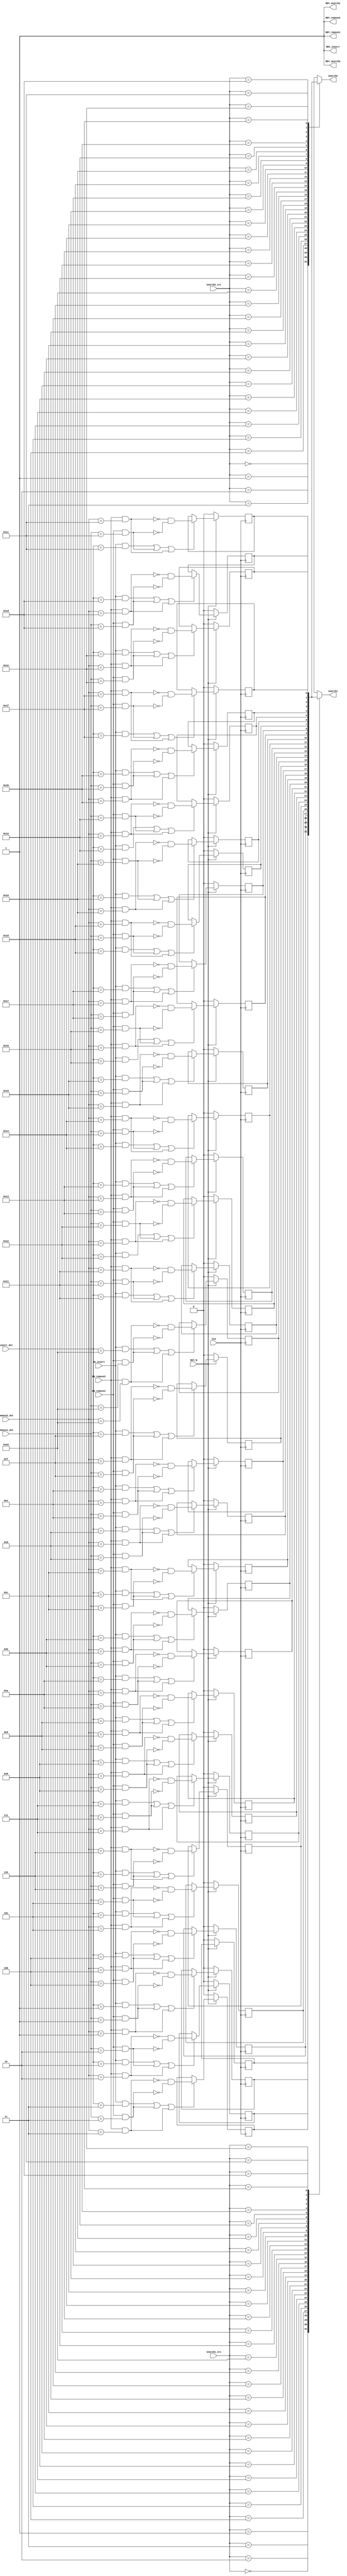
//
// Generated by Bluespec Compiler, version 2023.07 (build 0eb551d)
//
// On Thu Jul  4 08:48:21 EDT 2024
//
//
// Ports:
// Name                         I/O  size props
// search1                        O     1
// RDY_search1                    O     1 const
// search2                        O     1
// RDY_search2                    O     1 const
// RDY_insert                     O     1 const
// RDY_remove1                    O     1 const
// RDY_remove2                    O     1 const
// CLK                            I     1 clock
// RST_N                          I     1 reset
// search1_src                    I     5
// search2_src                    I     5
// insert_dst                     I     5
// remove1_dst                    I     5
// remove2_dst                    I     5
// EN_insert                      I     1
// EN_remove1                     I     1
// EN_remove2                     I     1
//
// Combinational paths from inputs to outputs:
//   search1_src -> search1
//   search2_src -> search2
//
//

`ifdef BSV_ASSIGNMENT_DELAY
`else
  `define BSV_ASSIGNMENT_DELAY
`endif

`ifdef BSV_POSITIVE_RESET
  `define BSV_RESET_VALUE 1'b1
  `define BSV_RESET_EDGE posedge
`else
  `define BSV_RESET_VALUE 1'b0
  `define BSV_RESET_EDGE negedge
`endif

module mkBitScoreboard(CLK,
		       RST_N,

		       search1_src,
		       search1,
		       RDY_search1,

		       search2_src,
		       search2,
		       RDY_search2,

		       insert_dst,
		       EN_insert,
		       RDY_insert,

		       remove1_dst,
		       EN_remove1,
		       RDY_remove1,

		       remove2_dst,
		       EN_remove2,
		       RDY_remove2);
  input  CLK;
  input  RST_N;

  // value method search1
  input  [4 : 0] search1_src;
  output search1;
  output RDY_search1;

  // value method search2
  input  [4 : 0] search2_src;
  output search2;
  output RDY_search2;

  // action method insert
  input  [4 : 0] insert_dst;
  input  EN_insert;
  output RDY_insert;

  // action method remove1
  input  [4 : 0] remove1_dst;
  input  EN_remove1;
  output RDY_remove1;

  // action method remove2
  input  [4 : 0] remove2_dst;
  input  EN_remove2;
  output RDY_remove2;

  // signals for module outputs
  reg search1, search2;
  wire RDY_insert, RDY_remove1, RDY_remove2, RDY_search1, RDY_search2;

  // register board_0
  reg board_0;
  wire board_0$D_IN, board_0$EN;

  // register board_1
  reg board_1;
  wire board_1$D_IN, board_1$EN;

  // register board_10
  reg board_10;
  wire board_10$D_IN, board_10$EN;

  // register board_11
  reg board_11;
  wire board_11$D_IN, board_11$EN;

  // register board_12
  reg board_12;
  wire board_12$D_IN, board_12$EN;

  // register board_13
  reg board_13;
  wire board_13$D_IN, board_13$EN;

  // register board_14
  reg board_14;
  wire board_14$D_IN, board_14$EN;

  // register board_15
  reg board_15;
  wire board_15$D_IN, board_15$EN;

  // register board_16
  reg board_16;
  wire board_16$D_IN, board_16$EN;

  // register board_17
  reg board_17;
  wire board_17$D_IN, board_17$EN;

  // register board_18
  reg board_18;
  wire board_18$D_IN, board_18$EN;

  // register board_19
  reg board_19;
  wire board_19$D_IN, board_19$EN;

  // register board_2
  reg board_2;
  wire board_2$D_IN, board_2$EN;

  // register board_20
  reg board_20;
  wire board_20$D_IN, board_20$EN;

  // register board_21
  reg board_21;
  wire board_21$D_IN, board_21$EN;

  // register board_22
  reg board_22;
  wire board_22$D_IN, board_22$EN;

  // register board_23
  reg board_23;
  wire board_23$D_IN, board_23$EN;

  // register board_24
  reg board_24;
  wire board_24$D_IN, board_24$EN;

  // register board_25
  reg board_25;
  wire board_25$D_IN, board_25$EN;

  // register board_26
  reg board_26;
  wire board_26$D_IN, board_26$EN;

  // register board_27
  reg board_27;
  wire board_27$D_IN, board_27$EN;

  // register board_28
  reg board_28;
  wire board_28$D_IN, board_28$EN;

  // register board_29
  reg board_29;
  wire board_29$D_IN, board_29$EN;

  // register board_3
  reg board_3;
  wire board_3$D_IN, board_3$EN;

  // register board_30
  reg board_30;
  wire board_30$D_IN, board_30$EN;

  // register board_31
  reg board_31;
  wire board_31$D_IN, board_31$EN;

  // register board_4
  reg board_4;
  wire board_4$D_IN, board_4$EN;

  // register board_5
  reg board_5;
  wire board_5$D_IN, board_5$EN;

  // register board_6
  reg board_6;
  wire board_6$D_IN, board_6$EN;

  // register board_7
  reg board_7;
  wire board_7$D_IN, board_7$EN;

  // register board_8
  reg board_8;
  wire board_8$D_IN, board_8$EN;

  // register board_9
  reg board_9;
  wire board_9$D_IN, board_9$EN;

  // inputs to muxes for submodule ports
  wire MUX_board_1$write_1__SEL_1,
       MUX_board_1$write_1__SEL_2,
       MUX_board_10$write_1__SEL_1,
       MUX_board_10$write_1__SEL_2,
       MUX_board_11$write_1__SEL_1,
       MUX_board_11$write_1__SEL_2,
       MUX_board_12$write_1__SEL_1,
       MUX_board_12$write_1__SEL_2,
       MUX_board_13$write_1__SEL_1,
       MUX_board_13$write_1__SEL_2,
       MUX_board_14$write_1__SEL_1,
       MUX_board_14$write_1__SEL_2,
       MUX_board_15$write_1__SEL_1,
       MUX_board_15$write_1__SEL_2,
       MUX_board_16$write_1__SEL_1,
       MUX_board_16$write_1__SEL_2,
       MUX_board_17$write_1__SEL_1,
       MUX_board_17$write_1__SEL_2,
       MUX_board_18$write_1__SEL_1,
       MUX_board_18$write_1__SEL_2,
       MUX_board_19$write_1__SEL_1,
       MUX_board_19$write_1__SEL_2,
       MUX_board_2$write_1__SEL_1,
       MUX_board_2$write_1__SEL_2,
       MUX_board_20$write_1__SEL_1,
       MUX_board_20$write_1__SEL_2,
       MUX_board_21$write_1__SEL_1,
       MUX_board_21$write_1__SEL_2,
       MUX_board_22$write_1__SEL_1,
       MUX_board_22$write_1__SEL_2,
       MUX_board_23$write_1__SEL_1,
       MUX_board_23$write_1__SEL_2,
       MUX_board_24$write_1__SEL_1,
       MUX_board_24$write_1__SEL_2,
       MUX_board_25$write_1__SEL_1,
       MUX_board_25$write_1__SEL_2,
       MUX_board_26$write_1__SEL_1,
       MUX_board_26$write_1__SEL_2,
       MUX_board_27$write_1__SEL_1,
       MUX_board_27$write_1__SEL_2,
       MUX_board_28$write_1__SEL_1,
       MUX_board_28$write_1__SEL_2,
       MUX_board_29$write_1__SEL_1,
       MUX_board_29$write_1__SEL_2,
       MUX_board_3$write_1__SEL_1,
       MUX_board_3$write_1__SEL_2,
       MUX_board_30$write_1__SEL_1,
       MUX_board_30$write_1__SEL_2,
       MUX_board_31$write_1__SEL_1,
       MUX_board_31$write_1__SEL_2,
       MUX_board_4$write_1__SEL_1,
       MUX_board_4$write_1__SEL_2,
       MUX_board_5$write_1__SEL_1,
       MUX_board_5$write_1__SEL_2,
       MUX_board_6$write_1__SEL_1,
       MUX_board_6$write_1__SEL_2,
       MUX_board_7$write_1__SEL_1,
       MUX_board_7$write_1__SEL_2,
       MUX_board_8$write_1__SEL_1,
       MUX_board_8$write_1__SEL_2,
       MUX_board_9$write_1__SEL_1,
       MUX_board_9$write_1__SEL_2;

  // value method search1
  always@(search1_src or
	  board_0 or
	  board_1 or
	  board_2 or
	  board_3 or
	  board_4 or
	  board_5 or
	  board_6 or
	  board_7 or
	  board_8 or
	  board_9 or
	  board_10 or
	  board_11 or
	  board_12 or
	  board_13 or
	  board_14 or
	  board_15 or
	  board_16 or
	  board_17 or
	  board_18 or
	  board_19 or
	  board_20 or
	  board_21 or
	  board_22 or
	  board_23 or
	  board_24 or
	  board_25 or
	  board_26 or
	  board_27 or board_28 or board_29 or board_30 or board_31)
  begin
    case (search1_src)
      5'd0: search1 = board_0;
      5'd1: search1 = board_1;
      5'd2: search1 = board_2;
      5'd3: search1 = board_3;
      5'd4: search1 = board_4;
      5'd5: search1 = board_5;
      5'd6: search1 = board_6;
      5'd7: search1 = board_7;
      5'd8: search1 = board_8;
      5'd9: search1 = board_9;
      5'd10: search1 = board_10;
      5'd11: search1 = board_11;
      5'd12: search1 = board_12;
      5'd13: search1 = board_13;
      5'd14: search1 = board_14;
      5'd15: search1 = board_15;
      5'd16: search1 = board_16;
      5'd17: search1 = board_17;
      5'd18: search1 = board_18;
      5'd19: search1 = board_19;
      5'd20: search1 = board_20;
      5'd21: search1 = board_21;
      5'd22: search1 = board_22;
      5'd23: search1 = board_23;
      5'd24: search1 = board_24;
      5'd25: search1 = board_25;
      5'd26: search1 = board_26;
      5'd27: search1 = board_27;
      5'd28: search1 = board_28;
      5'd29: search1 = board_29;
      5'd30: search1 = board_30;
      5'd31: search1 = board_31;
    endcase
  end
  assign RDY_search1 = 1'd1 ;

  // value method search2
  always@(search2_src or
	  board_0 or
	  board_1 or
	  board_2 or
	  board_3 or
	  board_4 or
	  board_5 or
	  board_6 or
	  board_7 or
	  board_8 or
	  board_9 or
	  board_10 or
	  board_11 or
	  board_12 or
	  board_13 or
	  board_14 or
	  board_15 or
	  board_16 or
	  board_17 or
	  board_18 or
	  board_19 or
	  board_20 or
	  board_21 or
	  board_22 or
	  board_23 or
	  board_24 or
	  board_25 or
	  board_26 or
	  board_27 or board_28 or board_29 or board_30 or board_31)
  begin
    case (search2_src)
      5'd0: search2 = board_0;
      5'd1: search2 = board_1;
      5'd2: search2 = board_2;
      5'd3: search2 = board_3;
      5'd4: search2 = board_4;
      5'd5: search2 = board_5;
      5'd6: search2 = board_6;
      5'd7: search2 = board_7;
      5'd8: search2 = board_8;
      5'd9: search2 = board_9;
      5'd10: search2 = board_10;
      5'd11: search2 = board_11;
      5'd12: search2 = board_12;
      5'd13: search2 = board_13;
      5'd14: search2 = board_14;
      5'd15: search2 = board_15;
      5'd16: search2 = board_16;
      5'd17: search2 = board_17;
      5'd18: search2 = board_18;
      5'd19: search2 = board_19;
      5'd20: search2 = board_20;
      5'd21: search2 = board_21;
      5'd22: search2 = board_22;
      5'd23: search2 = board_23;
      5'd24: search2 = board_24;
      5'd25: search2 = board_25;
      5'd26: search2 = board_26;
      5'd27: search2 = board_27;
      5'd28: search2 = board_28;
      5'd29: search2 = board_29;
      5'd30: search2 = board_30;
      5'd31: search2 = board_31;
    endcase
  end
  assign RDY_search2 = 1'd1 ;

  // action method insert
  assign RDY_insert = 1'd1 ;

  // action method remove1
  assign RDY_remove1 = 1'd1 ;

  // action method remove2
  assign RDY_remove2 = 1'd1 ;

  // inputs to muxes for submodule ports
  assign MUX_board_1$write_1__SEL_1 = EN_remove2 && remove2_dst == 5'd1 ;
  assign MUX_board_1$write_1__SEL_2 = EN_remove1 && remove1_dst == 5'd1 ;
  assign MUX_board_10$write_1__SEL_1 = EN_remove2 && remove2_dst == 5'd10 ;
  assign MUX_board_10$write_1__SEL_2 = EN_remove1 && remove1_dst == 5'd10 ;
  assign MUX_board_11$write_1__SEL_1 = EN_remove2 && remove2_dst == 5'd11 ;
  assign MUX_board_11$write_1__SEL_2 = EN_remove1 && remove1_dst == 5'd11 ;
  assign MUX_board_12$write_1__SEL_1 = EN_remove2 && remove2_dst == 5'd12 ;
  assign MUX_board_12$write_1__SEL_2 = EN_remove1 && remove1_dst == 5'd12 ;
  assign MUX_board_13$write_1__SEL_1 = EN_remove2 && remove2_dst == 5'd13 ;
  assign MUX_board_13$write_1__SEL_2 = EN_remove1 && remove1_dst == 5'd13 ;
  assign MUX_board_14$write_1__SEL_1 = EN_remove2 && remove2_dst == 5'd14 ;
  assign MUX_board_14$write_1__SEL_2 = EN_remove1 && remove1_dst == 5'd14 ;
  assign MUX_board_15$write_1__SEL_1 = EN_remove2 && remove2_dst == 5'd15 ;
  assign MUX_board_15$write_1__SEL_2 = EN_remove1 && remove1_dst == 5'd15 ;
  assign MUX_board_16$write_1__SEL_1 = EN_remove2 && remove2_dst == 5'd16 ;
  assign MUX_board_16$write_1__SEL_2 = EN_remove1 && remove1_dst == 5'd16 ;
  assign MUX_board_17$write_1__SEL_1 = EN_remove2 && remove2_dst == 5'd17 ;
  assign MUX_board_17$write_1__SEL_2 = EN_remove1 && remove1_dst == 5'd17 ;
  assign MUX_board_18$write_1__SEL_1 = EN_remove2 && remove2_dst == 5'd18 ;
  assign MUX_board_18$write_1__SEL_2 = EN_remove1 && remove1_dst == 5'd18 ;
  assign MUX_board_19$write_1__SEL_1 = EN_remove2 && remove2_dst == 5'd19 ;
  assign MUX_board_19$write_1__SEL_2 = EN_remove1 && remove1_dst == 5'd19 ;
  assign MUX_board_2$write_1__SEL_1 = EN_remove2 && remove2_dst == 5'd2 ;
  assign MUX_board_2$write_1__SEL_2 = EN_remove1 && remove1_dst == 5'd2 ;
  assign MUX_board_20$write_1__SEL_1 = EN_remove2 && remove2_dst == 5'd20 ;
  assign MUX_board_20$write_1__SEL_2 = EN_remove1 && remove1_dst == 5'd20 ;
  assign MUX_board_21$write_1__SEL_1 = EN_remove2 && remove2_dst == 5'd21 ;
  assign MUX_board_21$write_1__SEL_2 = EN_remove1 && remove1_dst == 5'd21 ;
  assign MUX_board_22$write_1__SEL_1 = EN_remove2 && remove2_dst == 5'd22 ;
  assign MUX_board_22$write_1__SEL_2 = EN_remove1 && remove1_dst == 5'd22 ;
  assign MUX_board_23$write_1__SEL_1 = EN_remove2 && remove2_dst == 5'd23 ;
  assign MUX_board_23$write_1__SEL_2 = EN_remove1 && remove1_dst == 5'd23 ;
  assign MUX_board_24$write_1__SEL_1 = EN_remove2 && remove2_dst == 5'd24 ;
  assign MUX_board_24$write_1__SEL_2 = EN_remove1 && remove1_dst == 5'd24 ;
  assign MUX_board_25$write_1__SEL_1 = EN_remove2 && remove2_dst == 5'd25 ;
  assign MUX_board_25$write_1__SEL_2 = EN_remove1 && remove1_dst == 5'd25 ;
  assign MUX_board_26$write_1__SEL_1 = EN_remove2 && remove2_dst == 5'd26 ;
  assign MUX_board_26$write_1__SEL_2 = EN_remove1 && remove1_dst == 5'd26 ;
  assign MUX_board_27$write_1__SEL_1 = EN_remove2 && remove2_dst == 5'd27 ;
  assign MUX_board_27$write_1__SEL_2 = EN_remove1 && remove1_dst == 5'd27 ;
  assign MUX_board_28$write_1__SEL_1 = EN_remove2 && remove2_dst == 5'd28 ;
  assign MUX_board_28$write_1__SEL_2 = EN_remove1 && remove1_dst == 5'd28 ;
  assign MUX_board_29$write_1__SEL_1 = EN_remove2 && remove2_dst == 5'd29 ;
  assign MUX_board_29$write_1__SEL_2 = EN_remove1 && remove1_dst == 5'd29 ;
  assign MUX_board_3$write_1__SEL_1 = EN_remove2 && remove2_dst == 5'd3 ;
  assign MUX_board_3$write_1__SEL_2 = EN_remove1 && remove1_dst == 5'd3 ;
  assign MUX_board_30$write_1__SEL_1 = EN_remove2 && remove2_dst == 5'd30 ;
  assign MUX_board_30$write_1__SEL_2 = EN_remove1 && remove1_dst == 5'd30 ;
  assign MUX_board_31$write_1__SEL_1 = EN_remove2 && remove2_dst == 5'd31 ;
  assign MUX_board_31$write_1__SEL_2 = EN_remove1 && remove1_dst == 5'd31 ;
  assign MUX_board_4$write_1__SEL_1 = EN_remove2 && remove2_dst == 5'd4 ;
  assign MUX_board_4$write_1__SEL_2 = EN_remove1 && remove1_dst == 5'd4 ;
  assign MUX_board_5$write_1__SEL_1 = EN_remove2 && remove2_dst == 5'd5 ;
  assign MUX_board_5$write_1__SEL_2 = EN_remove1 && remove1_dst == 5'd5 ;
  assign MUX_board_6$write_1__SEL_1 = EN_remove2 && remove2_dst == 5'd6 ;
  assign MUX_board_6$write_1__SEL_2 = EN_remove1 && remove1_dst == 5'd6 ;
  assign MUX_board_7$write_1__SEL_1 = EN_remove2 && remove2_dst == 5'd7 ;
  assign MUX_board_7$write_1__SEL_2 = EN_remove1 && remove1_dst == 5'd7 ;
  assign MUX_board_8$write_1__SEL_1 = EN_remove2 && remove2_dst == 5'd8 ;
  assign MUX_board_8$write_1__SEL_2 = EN_remove1 && remove1_dst == 5'd8 ;
  assign MUX_board_9$write_1__SEL_1 = EN_remove2 && remove2_dst == 5'd9 ;
  assign MUX_board_9$write_1__SEL_2 = EN_remove1 && remove1_dst == 5'd9 ;

  // register board_0
  assign board_0$D_IN = 1'b0 /* unspecified value */  ;
  assign board_0$EN = 1'b0 ;

  // register board_1
  assign board_1$D_IN =
	     !MUX_board_1$write_1__SEL_1 && !MUX_board_1$write_1__SEL_2 ;
  assign board_1$EN =
	     EN_insert && insert_dst == 5'd1 ||
	     EN_remove1 && remove1_dst == 5'd1 ||
	     EN_remove2 && remove2_dst == 5'd1 ;

  // register board_10
  assign board_10$D_IN =
	     !MUX_board_10$write_1__SEL_1 && !MUX_board_10$write_1__SEL_2 ;
  assign board_10$EN =
	     EN_insert && insert_dst == 5'd10 ||
	     EN_remove1 && remove1_dst == 5'd10 ||
	     EN_remove2 && remove2_dst == 5'd10 ;

  // register board_11
  assign board_11$D_IN =
	     !MUX_board_11$write_1__SEL_1 && !MUX_board_11$write_1__SEL_2 ;
  assign board_11$EN =
	     EN_insert && insert_dst == 5'd11 ||
	     EN_remove1 && remove1_dst == 5'd11 ||
	     EN_remove2 && remove2_dst == 5'd11 ;

  // register board_12
  assign board_12$D_IN =
	     !MUX_board_12$write_1__SEL_1 && !MUX_board_12$write_1__SEL_2 ;
  assign board_12$EN =
	     EN_insert && insert_dst == 5'd12 ||
	     EN_remove1 && remove1_dst == 5'd12 ||
	     EN_remove2 && remove2_dst == 5'd12 ;

  // register board_13
  assign board_13$D_IN =
	     !MUX_board_13$write_1__SEL_1 && !MUX_board_13$write_1__SEL_2 ;
  assign board_13$EN =
	     EN_insert && insert_dst == 5'd13 ||
	     EN_remove1 && remove1_dst == 5'd13 ||
	     EN_remove2 && remove2_dst == 5'd13 ;

  // register board_14
  assign board_14$D_IN =
	     !MUX_board_14$write_1__SEL_1 && !MUX_board_14$write_1__SEL_2 ;
  assign board_14$EN =
	     EN_insert && insert_dst == 5'd14 ||
	     EN_remove1 && remove1_dst == 5'd14 ||
	     EN_remove2 && remove2_dst == 5'd14 ;

  // register board_15
  assign board_15$D_IN =
	     !MUX_board_15$write_1__SEL_1 && !MUX_board_15$write_1__SEL_2 ;
  assign board_15$EN =
	     EN_insert && insert_dst == 5'd15 ||
	     EN_remove1 && remove1_dst == 5'd15 ||
	     EN_remove2 && remove2_dst == 5'd15 ;

  // register board_16
  assign board_16$D_IN =
	     !MUX_board_16$write_1__SEL_1 && !MUX_board_16$write_1__SEL_2 ;
  assign board_16$EN =
	     EN_insert && insert_dst == 5'd16 ||
	     EN_remove1 && remove1_dst == 5'd16 ||
	     EN_remove2 && remove2_dst == 5'd16 ;

  // register board_17
  assign board_17$D_IN =
	     !MUX_board_17$write_1__SEL_1 && !MUX_board_17$write_1__SEL_2 ;
  assign board_17$EN =
	     EN_insert && insert_dst == 5'd17 ||
	     EN_remove1 && remove1_dst == 5'd17 ||
	     EN_remove2 && remove2_dst == 5'd17 ;

  // register board_18
  assign board_18$D_IN =
	     !MUX_board_18$write_1__SEL_1 && !MUX_board_18$write_1__SEL_2 ;
  assign board_18$EN =
	     EN_insert && insert_dst == 5'd18 ||
	     EN_remove1 && remove1_dst == 5'd18 ||
	     EN_remove2 && remove2_dst == 5'd18 ;

  // register board_19
  assign board_19$D_IN =
	     !MUX_board_19$write_1__SEL_1 && !MUX_board_19$write_1__SEL_2 ;
  assign board_19$EN =
	     EN_insert && insert_dst == 5'd19 ||
	     EN_remove1 && remove1_dst == 5'd19 ||
	     EN_remove2 && remove2_dst == 5'd19 ;

  // register board_2
  assign board_2$D_IN =
	     !MUX_board_2$write_1__SEL_1 && !MUX_board_2$write_1__SEL_2 ;
  assign board_2$EN =
	     EN_insert && insert_dst == 5'd2 ||
	     EN_remove1 && remove1_dst == 5'd2 ||
	     EN_remove2 && remove2_dst == 5'd2 ;

  // register board_20
  assign board_20$D_IN =
	     !MUX_board_20$write_1__SEL_1 && !MUX_board_20$write_1__SEL_2 ;
  assign board_20$EN =
	     EN_insert && insert_dst == 5'd20 ||
	     EN_remove1 && remove1_dst == 5'd20 ||
	     EN_remove2 && remove2_dst == 5'd20 ;

  // register board_21
  assign board_21$D_IN =
	     !MUX_board_21$write_1__SEL_1 && !MUX_board_21$write_1__SEL_2 ;
  assign board_21$EN =
	     EN_insert && insert_dst == 5'd21 ||
	     EN_remove1 && remove1_dst == 5'd21 ||
	     EN_remove2 && remove2_dst == 5'd21 ;

  // register board_22
  assign board_22$D_IN =
	     !MUX_board_22$write_1__SEL_1 && !MUX_board_22$write_1__SEL_2 ;
  assign board_22$EN =
	     EN_insert && insert_dst == 5'd22 ||
	     EN_remove1 && remove1_dst == 5'd22 ||
	     EN_remove2 && remove2_dst == 5'd22 ;

  // register board_23
  assign board_23$D_IN =
	     !MUX_board_23$write_1__SEL_1 && !MUX_board_23$write_1__SEL_2 ;
  assign board_23$EN =
	     EN_insert && insert_dst == 5'd23 ||
	     EN_remove1 && remove1_dst == 5'd23 ||
	     EN_remove2 && remove2_dst == 5'd23 ;

  // register board_24
  assign board_24$D_IN =
	     !MUX_board_24$write_1__SEL_1 && !MUX_board_24$write_1__SEL_2 ;
  assign board_24$EN =
	     EN_insert && insert_dst == 5'd24 ||
	     EN_remove1 && remove1_dst == 5'd24 ||
	     EN_remove2 && remove2_dst == 5'd24 ;

  // register board_25
  assign board_25$D_IN =
	     !MUX_board_25$write_1__SEL_1 && !MUX_board_25$write_1__SEL_2 ;
  assign board_25$EN =
	     EN_insert && insert_dst == 5'd25 ||
	     EN_remove1 && remove1_dst == 5'd25 ||
	     EN_remove2 && remove2_dst == 5'd25 ;

  // register board_26
  assign board_26$D_IN =
	     !MUX_board_26$write_1__SEL_1 && !MUX_board_26$write_1__SEL_2 ;
  assign board_26$EN =
	     EN_insert && insert_dst == 5'd26 ||
	     EN_remove1 && remove1_dst == 5'd26 ||
	     EN_remove2 && remove2_dst == 5'd26 ;

  // register board_27
  assign board_27$D_IN =
	     !MUX_board_27$write_1__SEL_1 && !MUX_board_27$write_1__SEL_2 ;
  assign board_27$EN =
	     EN_insert && insert_dst == 5'd27 ||
	     EN_remove1 && remove1_dst == 5'd27 ||
	     EN_remove2 && remove2_dst == 5'd27 ;

  // register board_28
  assign board_28$D_IN =
	     !MUX_board_28$write_1__SEL_1 && !MUX_board_28$write_1__SEL_2 ;
  assign board_28$EN =
	     EN_insert && insert_dst == 5'd28 ||
	     EN_remove1 && remove1_dst == 5'd28 ||
	     EN_remove2 && remove2_dst == 5'd28 ;

  // register board_29
  assign board_29$D_IN =
	     !MUX_board_29$write_1__SEL_1 && !MUX_board_29$write_1__SEL_2 ;
  assign board_29$EN =
	     EN_insert && insert_dst == 5'd29 ||
	     EN_remove1 && remove1_dst == 5'd29 ||
	     EN_remove2 && remove2_dst == 5'd29 ;

  // register board_3
  assign board_3$D_IN =
	     !MUX_board_3$write_1__SEL_1 && !MUX_board_3$write_1__SEL_2 ;
  assign board_3$EN =
	     EN_insert && insert_dst == 5'd3 ||
	     EN_remove1 && remove1_dst == 5'd3 ||
	     EN_remove2 && remove2_dst == 5'd3 ;

  // register board_30
  assign board_30$D_IN =
	     !MUX_board_30$write_1__SEL_1 && !MUX_board_30$write_1__SEL_2 ;
  assign board_30$EN =
	     EN_insert && insert_dst == 5'd30 ||
	     EN_remove1 && remove1_dst == 5'd30 ||
	     EN_remove2 && remove2_dst == 5'd30 ;

  // register board_31
  assign board_31$D_IN =
	     !MUX_board_31$write_1__SEL_1 && !MUX_board_31$write_1__SEL_2 ;
  assign board_31$EN =
	     EN_insert && insert_dst == 5'd31 ||
	     EN_remove1 && remove1_dst == 5'd31 ||
	     EN_remove2 && remove2_dst == 5'd31 ;

  // register board_4
  assign board_4$D_IN =
	     !MUX_board_4$write_1__SEL_1 && !MUX_board_4$write_1__SEL_2 ;
  assign board_4$EN =
	     EN_insert && insert_dst == 5'd4 ||
	     EN_remove1 && remove1_dst == 5'd4 ||
	     EN_remove2 && remove2_dst == 5'd4 ;

  // register board_5
  assign board_5$D_IN =
	     !MUX_board_5$write_1__SEL_1 && !MUX_board_5$write_1__SEL_2 ;
  assign board_5$EN =
	     EN_insert && insert_dst == 5'd5 ||
	     EN_remove1 && remove1_dst == 5'd5 ||
	     EN_remove2 && remove2_dst == 5'd5 ;

  // register board_6
  assign board_6$D_IN =
	     !MUX_board_6$write_1__SEL_1 && !MUX_board_6$write_1__SEL_2 ;
  assign board_6$EN =
	     EN_insert && insert_dst == 5'd6 ||
	     EN_remove1 && remove1_dst == 5'd6 ||
	     EN_remove2 && remove2_dst == 5'd6 ;

  // register board_7
  assign board_7$D_IN =
	     !MUX_board_7$write_1__SEL_1 && !MUX_board_7$write_1__SEL_2 ;
  assign board_7$EN =
	     EN_insert && insert_dst == 5'd7 ||
	     EN_remove1 && remove1_dst == 5'd7 ||
	     EN_remove2 && remove2_dst == 5'd7 ;

  // register board_8
  assign board_8$D_IN =
	     !MUX_board_8$write_1__SEL_1 && !MUX_board_8$write_1__SEL_2 ;
  assign board_8$EN =
	     EN_insert && insert_dst == 5'd8 ||
	     EN_remove1 && remove1_dst == 5'd8 ||
	     EN_remove2 && remove2_dst == 5'd8 ;

  // register board_9
  assign board_9$D_IN =
	     !MUX_board_9$write_1__SEL_1 && !MUX_board_9$write_1__SEL_2 ;
  assign board_9$EN =
	     EN_insert && insert_dst == 5'd9 ||
	     EN_remove1 && remove1_dst == 5'd9 ||
	     EN_remove2 && remove2_dst == 5'd9 ;

  // handling of inlined registers

  always@(posedge CLK)
  begin
    if (RST_N == `BSV_RESET_VALUE)
      begin
        board_0 <= `BSV_ASSIGNMENT_DELAY 1'd0;
	board_1 <= `BSV_ASSIGNMENT_DELAY 1'd0;
	board_10 <= `BSV_ASSIGNMENT_DELAY 1'd0;
	board_11 <= `BSV_ASSIGNMENT_DELAY 1'd0;
	board_12 <= `BSV_ASSIGNMENT_DELAY 1'd0;
	board_13 <= `BSV_ASSIGNMENT_DELAY 1'd0;
	board_14 <= `BSV_ASSIGNMENT_DELAY 1'd0;
	board_15 <= `BSV_ASSIGNMENT_DELAY 1'd0;
	board_16 <= `BSV_ASSIGNMENT_DELAY 1'd0;
	board_17 <= `BSV_ASSIGNMENT_DELAY 1'd0;
	board_18 <= `BSV_ASSIGNMENT_DELAY 1'd0;
	board_19 <= `BSV_ASSIGNMENT_DELAY 1'd0;
	board_2 <= `BSV_ASSIGNMENT_DELAY 1'd0;
	board_20 <= `BSV_ASSIGNMENT_DELAY 1'd0;
	board_21 <= `BSV_ASSIGNMENT_DELAY 1'd0;
	board_22 <= `BSV_ASSIGNMENT_DELAY 1'd0;
	board_23 <= `BSV_ASSIGNMENT_DELAY 1'd0;
	board_24 <= `BSV_ASSIGNMENT_DELAY 1'd0;
	board_25 <= `BSV_ASSIGNMENT_DELAY 1'd0;
	board_26 <= `BSV_ASSIGNMENT_DELAY 1'd0;
	board_27 <= `BSV_ASSIGNMENT_DELAY 1'd0;
	board_28 <= `BSV_ASSIGNMENT_DELAY 1'd0;
	board_29 <= `BSV_ASSIGNMENT_DELAY 1'd0;
	board_3 <= `BSV_ASSIGNMENT_DELAY 1'd0;
	board_30 <= `BSV_ASSIGNMENT_DELAY 1'd0;
	board_31 <= `BSV_ASSIGNMENT_DELAY 1'd0;
	board_4 <= `BSV_ASSIGNMENT_DELAY 1'd0;
	board_5 <= `BSV_ASSIGNMENT_DELAY 1'd0;
	board_6 <= `BSV_ASSIGNMENT_DELAY 1'd0;
	board_7 <= `BSV_ASSIGNMENT_DELAY 1'd0;
	board_8 <= `BSV_ASSIGNMENT_DELAY 1'd0;
	board_9 <= `BSV_ASSIGNMENT_DELAY 1'd0;
      end
    else
      begin
        if (board_0$EN) board_0 <= `BSV_ASSIGNMENT_DELAY board_0$D_IN;
	if (board_1$EN) board_1 <= `BSV_ASSIGNMENT_DELAY board_1$D_IN;
	if (board_10$EN) board_10 <= `BSV_ASSIGNMENT_DELAY board_10$D_IN;
	if (board_11$EN) board_11 <= `BSV_ASSIGNMENT_DELAY board_11$D_IN;
	if (board_12$EN) board_12 <= `BSV_ASSIGNMENT_DELAY board_12$D_IN;
	if (board_13$EN) board_13 <= `BSV_ASSIGNMENT_DELAY board_13$D_IN;
	if (board_14$EN) board_14 <= `BSV_ASSIGNMENT_DELAY board_14$D_IN;
	if (board_15$EN) board_15 <= `BSV_ASSIGNMENT_DELAY board_15$D_IN;
	if (board_16$EN) board_16 <= `BSV_ASSIGNMENT_DELAY board_16$D_IN;
	if (board_17$EN) board_17 <= `BSV_ASSIGNMENT_DELAY board_17$D_IN;
	if (board_18$EN) board_18 <= `BSV_ASSIGNMENT_DELAY board_18$D_IN;
	if (board_19$EN) board_19 <= `BSV_ASSIGNMENT_DELAY board_19$D_IN;
	if (board_2$EN) board_2 <= `BSV_ASSIGNMENT_DELAY board_2$D_IN;
	if (board_20$EN) board_20 <= `BSV_ASSIGNMENT_DELAY board_20$D_IN;
	if (board_21$EN) board_21 <= `BSV_ASSIGNMENT_DELAY board_21$D_IN;
	if (board_22$EN) board_22 <= `BSV_ASSIGNMENT_DELAY board_22$D_IN;
	if (board_23$EN) board_23 <= `BSV_ASSIGNMENT_DELAY board_23$D_IN;
	if (board_24$EN) board_24 <= `BSV_ASSIGNMENT_DELAY board_24$D_IN;
	if (board_25$EN) board_25 <= `BSV_ASSIGNMENT_DELAY board_25$D_IN;
	if (board_26$EN) board_26 <= `BSV_ASSIGNMENT_DELAY board_26$D_IN;
	if (board_27$EN) board_27 <= `BSV_ASSIGNMENT_DELAY board_27$D_IN;
	if (board_28$EN) board_28 <= `BSV_ASSIGNMENT_DELAY board_28$D_IN;
	if (board_29$EN) board_29 <= `BSV_ASSIGNMENT_DELAY board_29$D_IN;
	if (board_3$EN) board_3 <= `BSV_ASSIGNMENT_DELAY board_3$D_IN;
	if (board_30$EN) board_30 <= `BSV_ASSIGNMENT_DELAY board_30$D_IN;
	if (board_31$EN) board_31 <= `BSV_ASSIGNMENT_DELAY board_31$D_IN;
	if (board_4$EN) board_4 <= `BSV_ASSIGNMENT_DELAY board_4$D_IN;
	if (board_5$EN) board_5 <= `BSV_ASSIGNMENT_DELAY board_5$D_IN;
	if (board_6$EN) board_6 <= `BSV_ASSIGNMENT_DELAY board_6$D_IN;
	if (board_7$EN) board_7 <= `BSV_ASSIGNMENT_DELAY board_7$D_IN;
	if (board_8$EN) board_8 <= `BSV_ASSIGNMENT_DELAY board_8$D_IN;
	if (board_9$EN) board_9 <= `BSV_ASSIGNMENT_DELAY board_9$D_IN;
      end
  end

  // synopsys translate_off
  `ifdef BSV_NO_INITIAL_BLOCKS
  `else // not BSV_NO_INITIAL_BLOCKS
  initial
  begin
    board_0 = 1'h0;
    board_1 = 1'h0;
    board_10 = 1'h0;
    board_11 = 1'h0;
    board_12 = 1'h0;
    board_13 = 1'h0;
    board_14 = 1'h0;
    board_15 = 1'h0;
    board_16 = 1'h0;
    board_17 = 1'h0;
    board_18 = 1'h0;
    board_19 = 1'h0;
    board_2 = 1'h0;
    board_20 = 1'h0;
    board_21 = 1'h0;
    board_22 = 1'h0;
    board_23 = 1'h0;
    board_24 = 1'h0;
    board_25 = 1'h0;
    board_26 = 1'h0;
    board_27 = 1'h0;
    board_28 = 1'h0;
    board_29 = 1'h0;
    board_3 = 1'h0;
    board_30 = 1'h0;
    board_31 = 1'h0;
    board_4 = 1'h0;
    board_5 = 1'h0;
    board_6 = 1'h0;
    board_7 = 1'h0;
    board_8 = 1'h0;
    board_9 = 1'h0;
  end
  `endif // BSV_NO_INITIAL_BLOCKS
  // synopsys translate_on
endmodule  // mkBitScoreboard